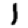
Digit: 1